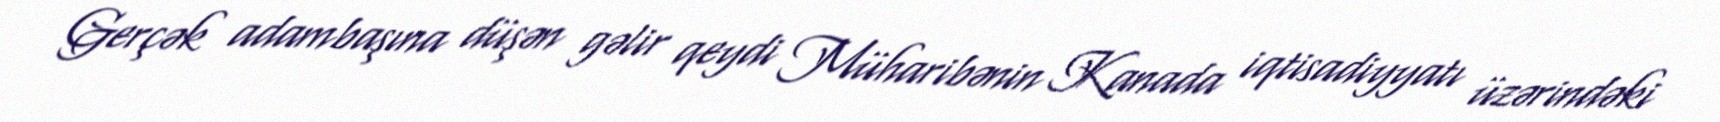
Gerçək adambaşına düşən gəlir qeydi Müharibənin Kanada iqtisadiyyatı üzərindəki